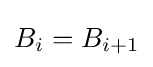
B_{i}=B_{i+1}